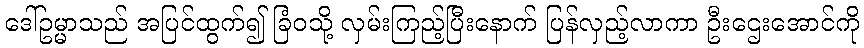
ဒေါ်ဥမ္မာသည် အပြင်ထွက်၍ ခြံဝသို့ လှမ်းကြည့်ပြီးနောက် ပြန်လှည့်လာကာ ဦးဌေးအောင်ကို